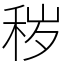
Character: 秽